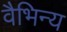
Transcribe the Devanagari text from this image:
वैभिन्य